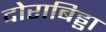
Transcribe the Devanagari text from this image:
दोराबिड्डा